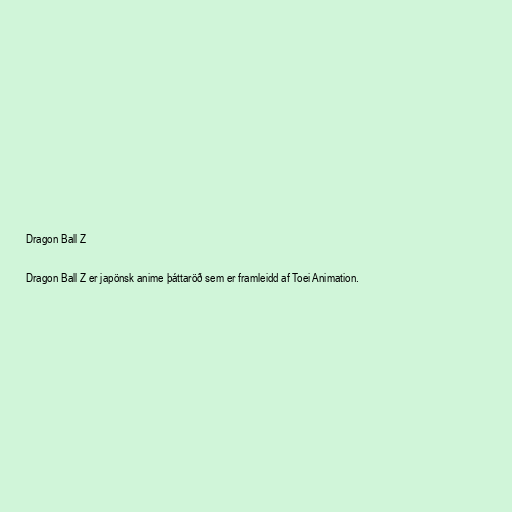
Dragon Ball Z

Dragon Ball Z er japönsk anime þáttaröð sem er framleidd af Toei Animation.